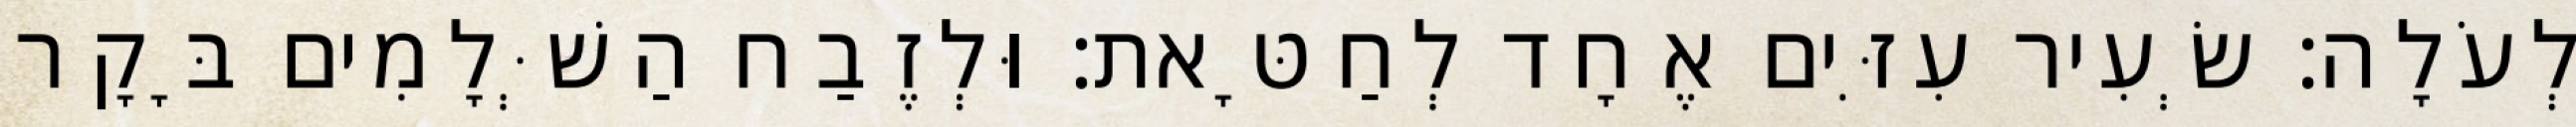
לְעֹלָה׃ שְׂעִיר עִזִּים אֶחָד לְחַטָּאת׃ וּלְזֶבַח הַשְּׁלָמִים בָּקָר